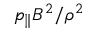
p _ { \| } B ^ { 2 } / \rho ^ { 2 }